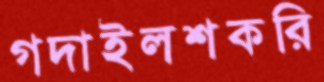
গদাইলশকরি